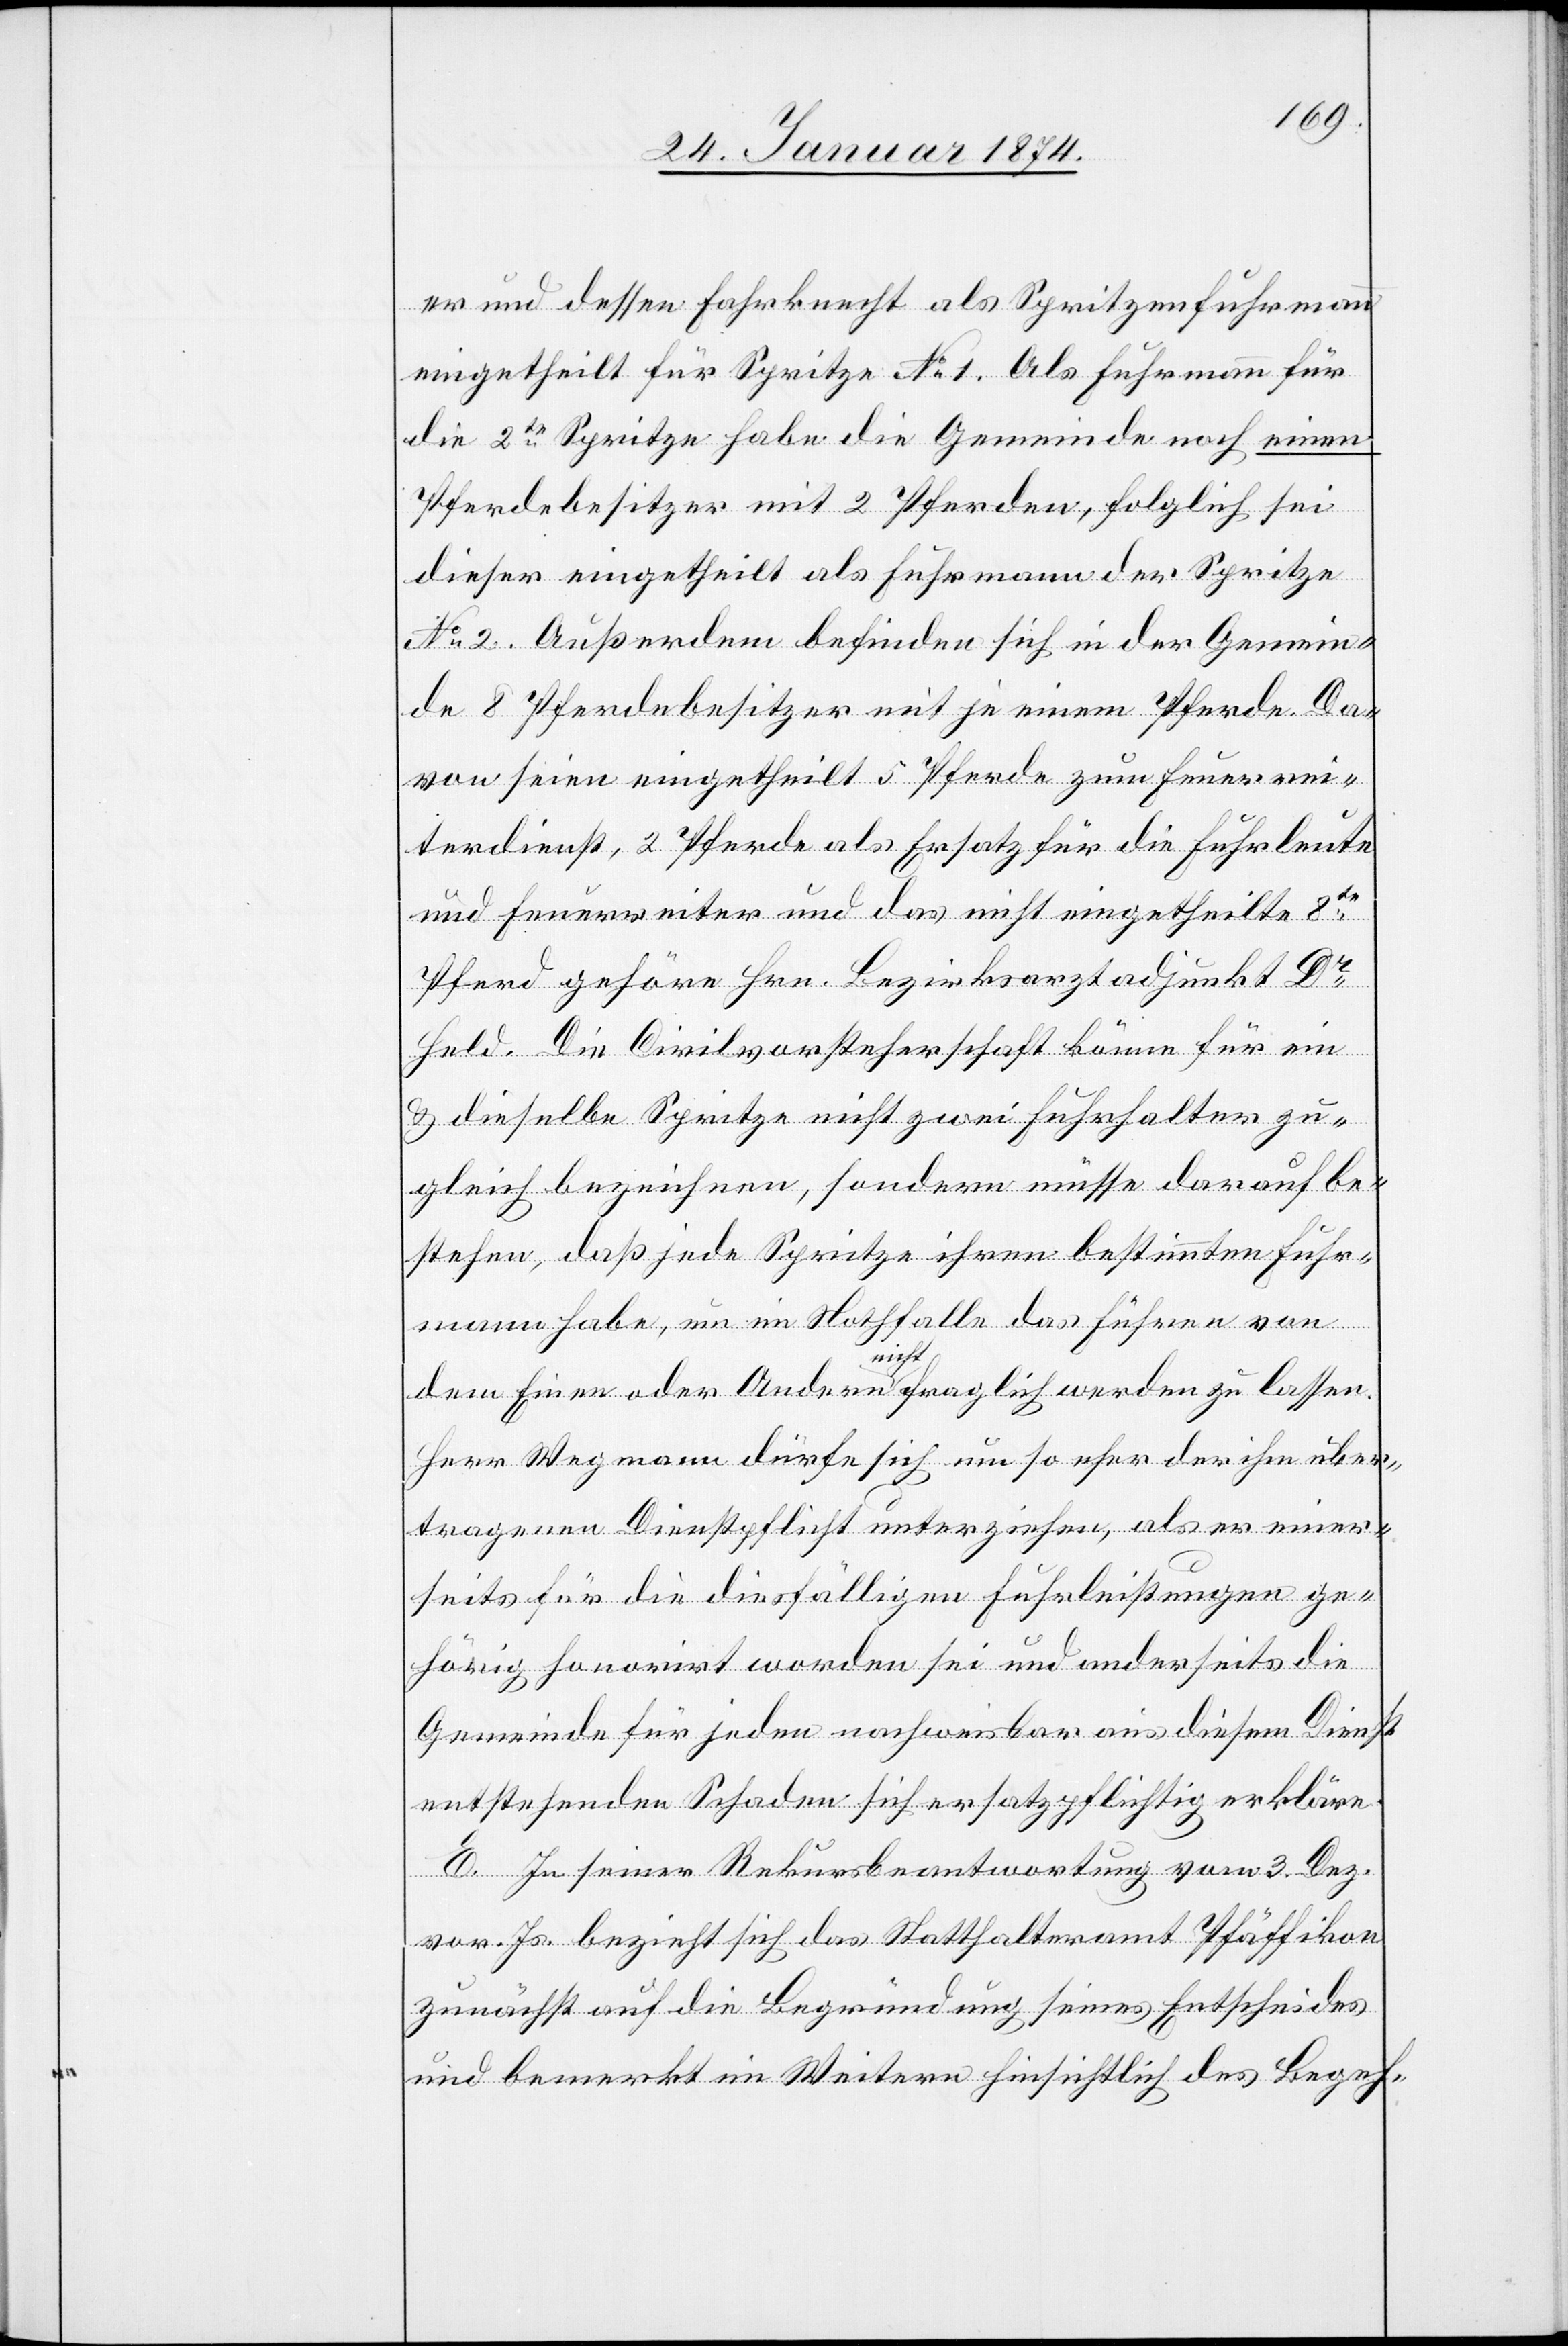
er und dessen Fahrknecht als Spritzenfuhrmann
eingetheilt für Spritze No 1. Als Fuhrmann für
die 2te Spritze habe die Gemeinde noch einen
Pferdebesitzer mit 2 Pferden, folglich sei
dieser eingetheilt als Fuhrmann der Spritze
No 2. Außerdem befinden sich in der Gemein¬
de 8 Pferdebesitzer mit je einem Pferde. Da¬
von seien eingetheilt 5 Pferde zum Feuerrei¬
terdienst, 2 Pferde als Ersatz für die Fuhrleute
und Feuerreiter und das nicht eingetheilte 8te
Pferd gehöre Hrn. Bezirksarztadjunkt Dr
Held. Die Civilvorsteherschaft könne für ein
& dieselbe Spritze nicht zwei Fuhrhalter zu¬
gleich bezeichnen, sondern müsse darauf be¬
stehen, daß jede Spritze ihren bestimmten Fuhr¬
mann habe, um in Nothfalle das Führen von
dem Einen oder Andern nicht fraglich werden zu lassen.
Herr Wegmann dürfe sich um so mehr der ihm über¬
tragenen Dienstpflicht unterziehen, als er einer¬
seits für die diesfälligen Fuhrleistungen ge¬
hörig honorirt worden sei und anderseits die
Gemeinde für jeden nachweisbar aus diesem Dienst
entstehenden Schaden sich ersatzpflichtig erkläre.
E. In seiner Rekursbeantwortung vom 3. Dez.
vor. Js. bezieht sich das Statthalteramt Pfäffikon
zunächst auf die Begründung seines Entscheides
und bemerkt im Weitern hinsichtlich des Begeh-